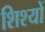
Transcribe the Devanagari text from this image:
शिश्यों